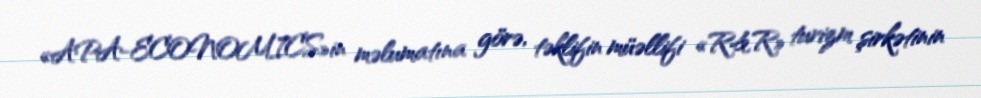
«APA-ECONOMICS»in məlumatına görə, təklifin müəllifi «R&R» turizm şirkətinin